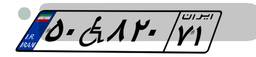
۵۰W۸۲۰۷۱